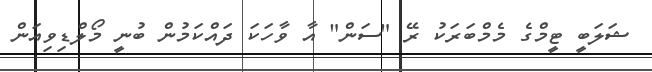
ޝަލަބީ ޓީމްގެ މެމްބަރަކު ރޭ "ސަން" އާ ވާހަކަ ދައްކަމުން ބުނީ މޯލްޑިވިއަން